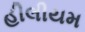
હીલીયમ